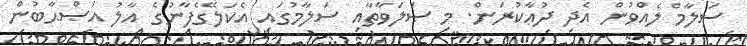
ސަލާމް ލެއްވުން އެދި ދުޢާކުރަން. މި ޞަލަވާތާއި ސަލާމުގައި އެކަލޭގެފާނުގެ އާލު އަޞްޙާބުން